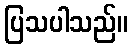
ပြသပါသည်။